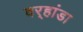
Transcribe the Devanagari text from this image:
वर्‍हांडा